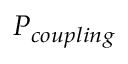
P _ { c o u p l i n g }